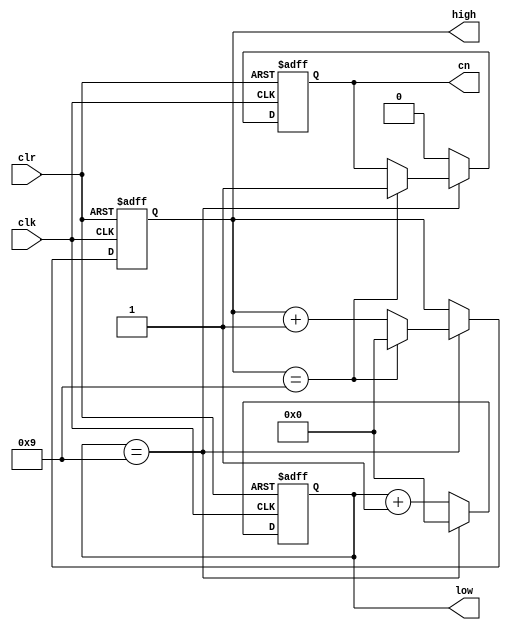

module bcd_cnt (
  high, 
  low, 
  cn, 
  clr, 
  clk 
);

output [3:0] high;   // high4
output [3:0] low;    // low 4
output       cn;     // 4
input        clr, clk;
reg    [3:0] high, low;
reg          cn;

always @(posedge clk or posedge clr) begin 
  if ( clr ) begin
    cn        <= 0; 
    high[3:0] <= 0;
    low[3:0]  <= 0;
  end
  else begin   // 2if 
    if ( low[3:0]==9 ) begin                     
      low[3:0] <= 0;
      if ( high[3:0] == 9 ) begin
        high[3:0] <= 0; 
        cn        <= 1;  
      end
      else begin
        high[3:0] <= high[3:0] + 1;
      end
    end
    else begin
      low[3:0]<= low[3:0]+1;
      cn      <= 0;
    end
  end                        
end   	  

endmodule